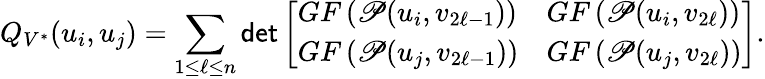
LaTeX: Q_{V^{*}}(u_{i},u_{j})=\sum_{1\leq\ell\leq n}\mathsf{det}\left[\begin{array}{ll}{GF\left(\mathscr{P}(u_{i},v_{2\ell-1})\right)}&{GF\left(\mathscr{P}(u_{i},v_{2\ell})\right)}\\ {GF\left(\mathscr{P}(u_{j},v_{2\ell-1})\right)}&{GF\left(\mathscr{P}(u_{j},v_{2\ell})\right)}\end{array}\right].